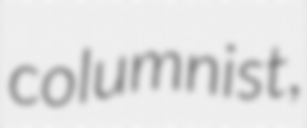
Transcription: columnist,